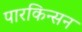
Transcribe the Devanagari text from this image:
पारकिन्सन